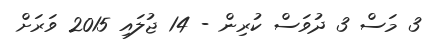
3 މަސް 3 ދުވަސް ކުރިން - 14 ޖުލައި 2015 ވަރަށް